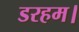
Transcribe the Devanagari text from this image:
डरहम।